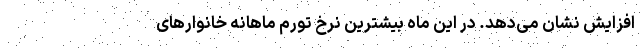
افزایش نشان می‌دهد. در این ماه بیشترین نرخ تورم ماهانه خانوار‌های